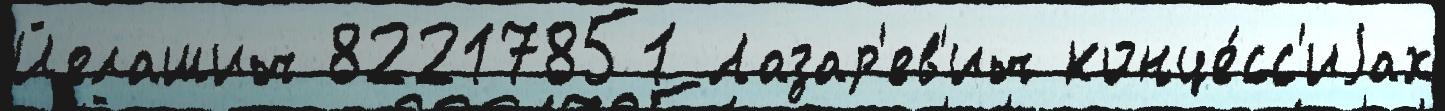
Йелашич 82217851 Лазар'ев'ич конце́сс'иjах